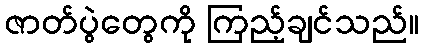
ဇာတ်ပွဲတွေကို ကြည့်ချင်သည်။